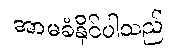
အာမခံနိုင်ပါသည်